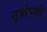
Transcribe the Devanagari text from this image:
सुवीधाही